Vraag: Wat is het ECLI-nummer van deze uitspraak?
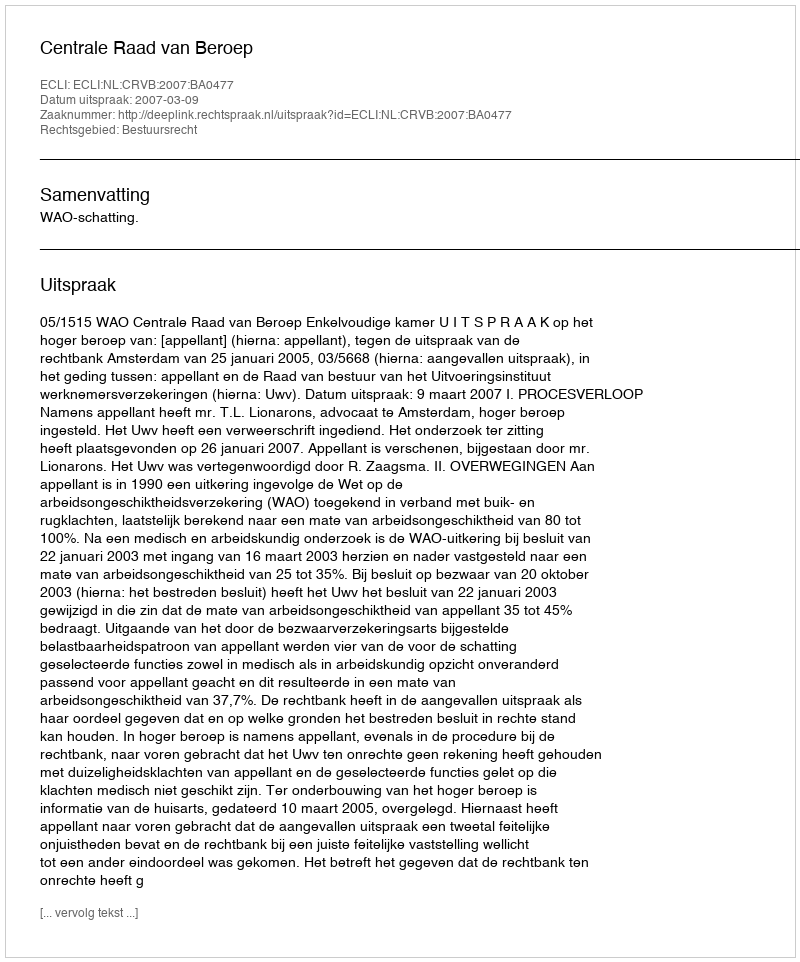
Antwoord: ECLI:NL:CRVB:2007:BA0477